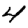
Digit: 4